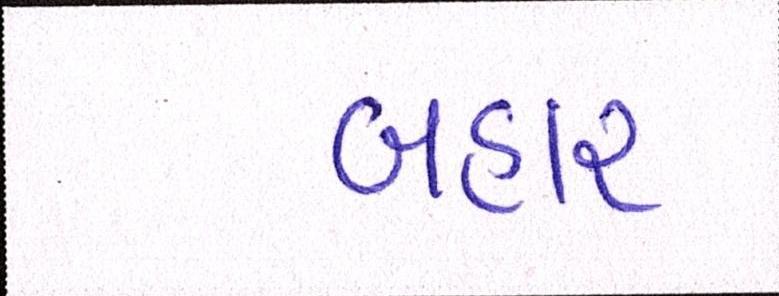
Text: બહાર